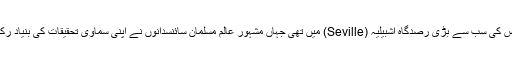
اندلس کی سب سے بڑی رصدگاہ اشبیلیہ (Seville) میں تھی جہاں مشہورِ عالم مسلمان سائنسدانوں نے اپنی سماوی تحقیقات کی بنیاد رکھی۔